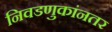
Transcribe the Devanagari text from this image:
निवडणुकांनतर